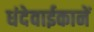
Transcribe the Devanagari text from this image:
धंदेवाईकानें